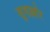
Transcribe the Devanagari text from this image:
सूदख़ोर